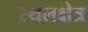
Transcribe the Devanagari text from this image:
स्थलक्षेत्र